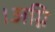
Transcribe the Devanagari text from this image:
।अग्नि